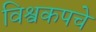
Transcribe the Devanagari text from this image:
विश्वकपचे